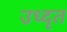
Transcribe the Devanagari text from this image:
उध्दृत